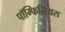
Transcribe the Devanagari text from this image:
पॉम्फिलियस